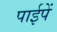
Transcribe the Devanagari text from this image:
पाईपें